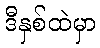
ဒီနှစ်ထဲမှာ